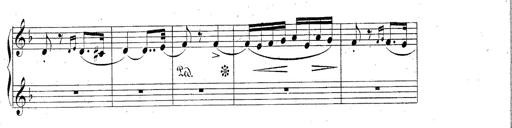
Title: Hungarian Rhapsody No.2
Composer: Franz Liszt
Key: C-sharp minor